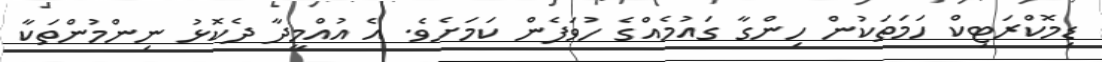
ޑިމޮކްރަޓިކް ހަމަތަކުން ހިންގާ ގައުމެއްގެ ހުވަފެން ކަމަށެވެ. އެ އުއްމީދާ ދެކޮޅު ނިންމުންތަކާ